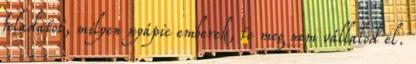
feladatot, milyen nyápic emberek, te meg nem vállalod el.